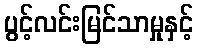
ပွင့်လင်းမြင်သာမှုနှင့်